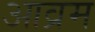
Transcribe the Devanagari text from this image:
आव्रम